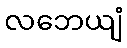
လဘေယျံ